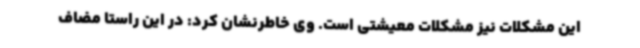
این مشکلات نیز مشکلات معیشتی است. وی خاطرنشان کرد: در این راستا مضاف